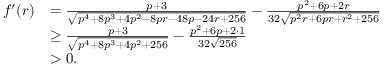
\begin{array} { r l } { f ^ { \prime } ( r ) } & { = \frac { p + 3 } { \sqrt { p ^ { 4 } + 8 p ^ { 3 } + 4 p ^ { 2 } - 8 p r - 4 8 p - 2 4 r + 2 5 6 } } - \frac { p ^ { 2 } + 6 p + 2 r } { 3 2 \sqrt { p ^ { 2 } r + 6 p r + r ^ { 2 } + 2 5 6 } } } \\ & { \ge \frac { p + 3 } { \sqrt { p ^ { 4 } + 8 p ^ { 3 } + 4 p ^ { 2 } + 2 5 6 } } - \frac { p ^ { 2 } + 6 p + 2 \cdot 1 } { 3 2 \sqrt { 2 5 6 } } } \\ & { > 0 . } \end{array}